Veterinary regulations India, 1925 -
Year: 1925
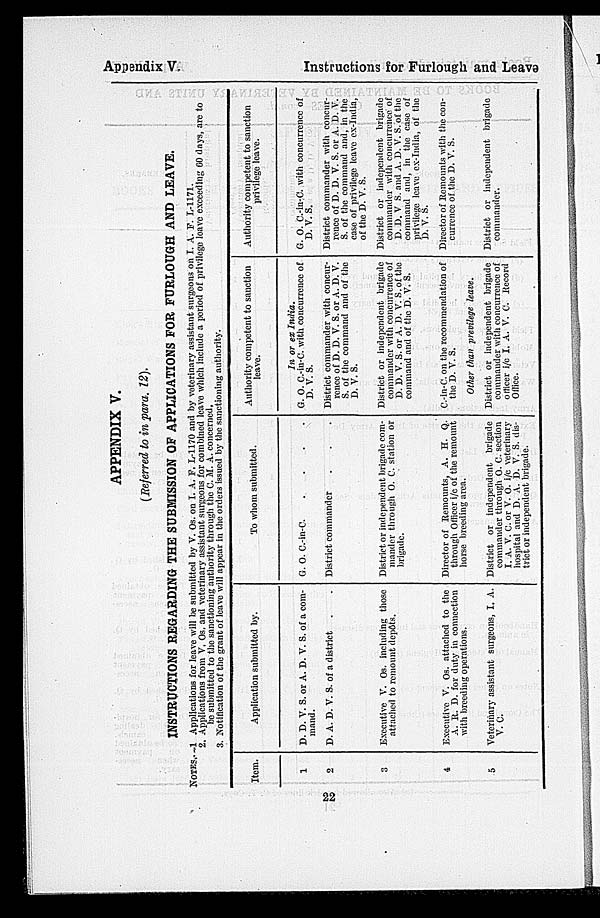
Appendix V.
Instructions for Furlough and Leave
APPENDIX V.
(Referred to in para. 12).
INSTRUCTIONS REGARDING THE SUBMISSION OF APPLICATIONS FOR FURLOUGH AND LEAVE.
NOTES.-1 Applications for leave will be submitted by V. Os. on I. A. F. L-1170 and by veterinary assistant surgeons on T. A. F. L-1171.
2. Applications from V, Os, and veterinary assistant surgeons for combined leave which include a period of privilege leave exceeding 60 days, are to
be submitted to the sanctioning authority through the C. M. A. concerned.
3. Notification of the grant of leave will appear in the orders issued by the sanctioning authority.
Item.
1
2
3
4
5
Application submitted by.
D. D. V. S. or A. D. V. S. of a com-
mand.
D. A. D. V. S. of a district . .
Executive V. Os. including those
attached to remount depôts.
Executive V. Os. attached to the
A. R. D. for duty in connection
with breeding operations.
Veterinary assistant surgeons, I. A.
V. C.
To whom submitted.
G. O. C.-in-C
.
.
.
.
District commander . . .
District or independent brigade com-
mander through O. C. station or
brigade.
Director of Remounts, A. H. Q.
through Officer i/c of the remount
horse breeding area.
District or independent brigade
commander through O. C. section
I. A. V. C. or V. O. i/c veterinary
hospital and D. A. D. V. S. dis-
trict or independent brigade.
Authority competent to sanction
leave.
In or ex India.
G. O. C.-in-C. with concurrence of
D. V. S.
District commander with concur-
rence of D. D. V. S. or A. D. V.
S. of the command and of the
D. V. S.
District or independent brigade
commander with concurrence of
D. D. V. S. or A. D. V. S. of the
command and of the D. V. S.
C.-in-C. on the recommendation of
the D. V. S.
Other than previlege leave.
District or independent brigade
commauder with concurrence of
officer i/c I. A. V. C. Record
Office.
Authority competent to sanction
privilege leave.
G. O. C.-in-C. with concurrence of
D. V. S.
District commander with concur-
rence of D. D. V. S. or A. D. V.
S. of the command and, in the
case of privilege leave ex-India,
of the D. V. S.
District or independent brigade
commander with concurrence of
D. D. V S. and A. D. V. S. of the
command and, in the case of
privilege leave ex-India, of the
D. V. S.
Director of Remounts with the con-
currence of the D. V. S.
District or independent brigade
commander.
22